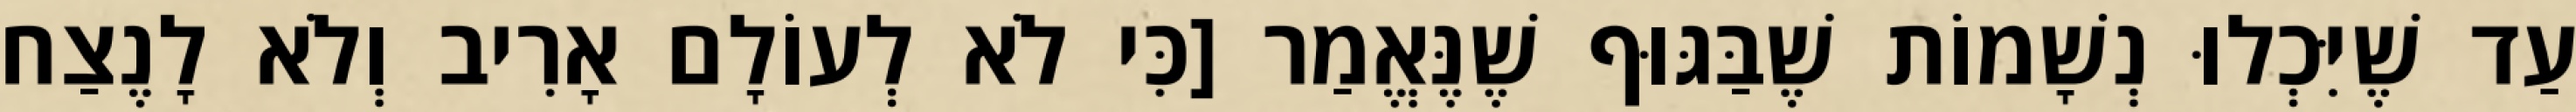
עַד שֶׁיִּכְלוּ נְשָׁמוֹת שֶׁבַּגּוּף שֶׁנֶּאֱמַר [כִּי לֹא לְעוֹלָם אָרִיב וְלֹא לָנֶצַח